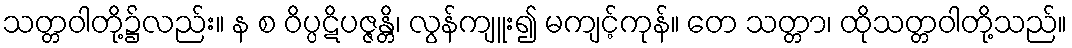
သတ္တဝါတို့၌လည်း။ န စ ဝိပ္ပဋိပဇ္ဇန္တိ၊ လွန်ကျူး၍ မကျင့်ကုန်။ တေ သတ္တာ၊ ထိုသတ္တဝါတို့သည်။